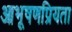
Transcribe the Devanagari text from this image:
आभूषणप्रियता